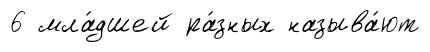
6 мла́дшей ра́зных называ́ют